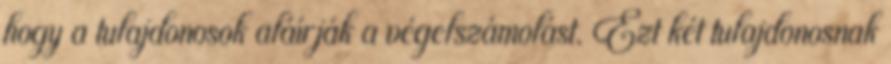
hogy a tulajdonosok aláírják a végelszámolást. Ezt két tulajdonosnak